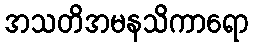
အသတိအမနသိကာရော